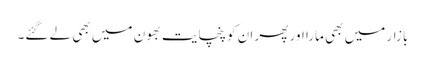
بازار میں بھی مارا اور پھر ان کو پنچایت بھون میں بھی لے گئے۔